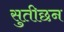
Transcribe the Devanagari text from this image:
सुतीछन